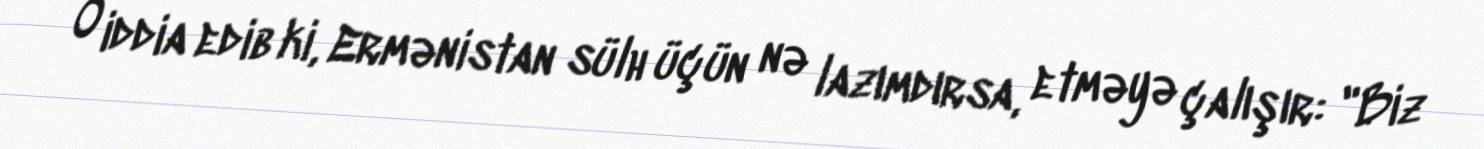
O iddia edib ki, Ermənistan sülh üçün nə lazımdırsa, etməyə çalışır: "Biz